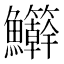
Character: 𬵾